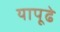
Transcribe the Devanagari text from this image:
यापूढे